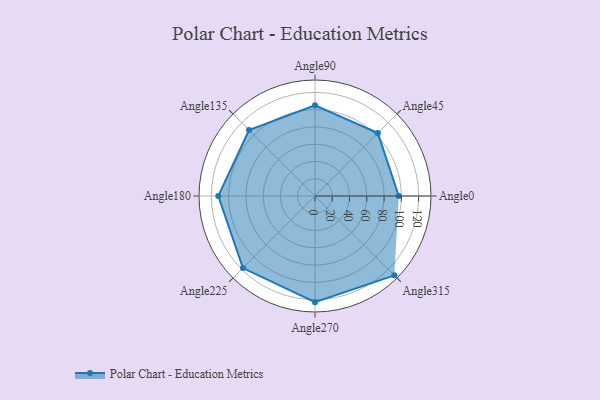
{"axis": {"x": "Angle", "y": "Radius"}, "legend": [""], "data": [{"x": "Angle0", "y": 97.0, "type": ""}, {"x": "Angle45", "y": 103.0, "type": ""}, {"x": "Angle90", "y": 105.0, "type": ""}, {"x": "Angle135", "y": 108.0, "type": ""}, {"x": "Angle180", "y": 112.0, "type": ""}, {"x": "Angle225", "y": 118.0, "type": ""}, {"x": "Angle270", "y": 123.0, "type": ""}, {"x": "Angle315", "y": 130.0, "type": ""}]}